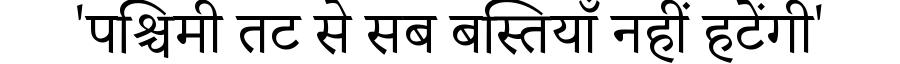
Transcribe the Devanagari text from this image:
'पश्चिमी तट से सब बस्तियाँ नहीं हटेंगी'